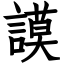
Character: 謨